Annual report on the health of the army in India
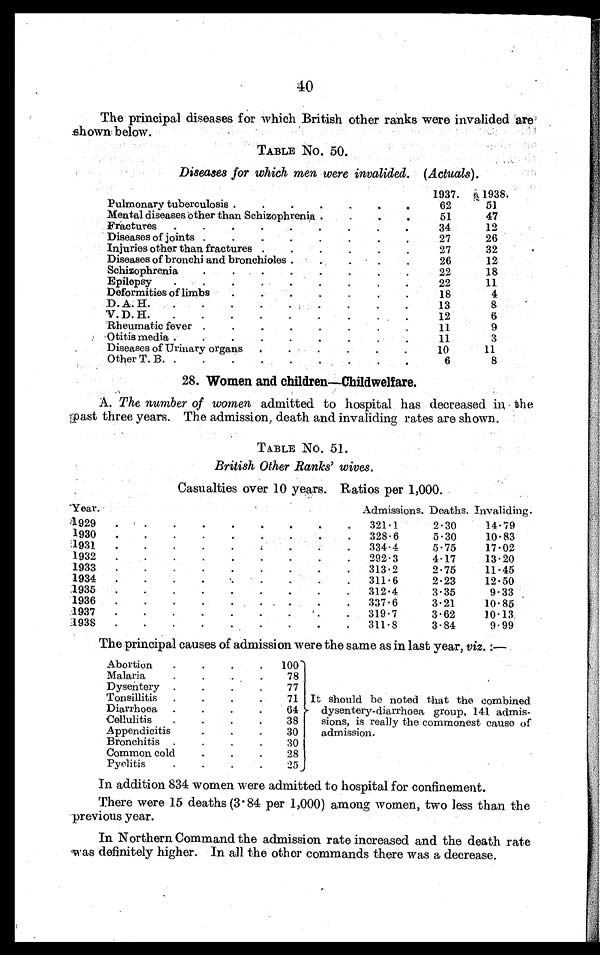
40
The principal diseases for which British other ranks were invalided are
shown below.
TABLE No. 50.
Diseases for which men were invalided. (Actuals)
1937.
1938.
Pulmonary tuberculosis .
.
.
.
.
.
.
62
51
Mental diseases other than Schizophrenia .
.
.
.
51
47
Fractures
.
.
.
.
.
.
.
.
.
34
12
Diseases of joints .
.
.
.
.
.
.
.
27
26
Injuries other than fractures .
.
.
.
.
.
27
32
Diseases of bronchi and bronchioles .
26
12
Schizophrenia
.
.
.
.
.
.
.
22
18
Epilepsy
.
.
22
11
Deformities of limbs
18
4
D. A. H.
.
.
.
13
8
V. D. H.
12
6
Rheumatic fever .
.
.
.
.
.
.
.
11
9
Otitis media .
.
.
.
.
.
.
.
.
11
3
Diseases of Urinary organs
.
10
11
Other T. B. .
.
.
.
.
.
.
.
.
6
8
28. Women and children—Childwelfare.
A. The number of women admitted to hospital has decreased in the
past three years. The admission, death and invaliding rates are shown.
TABLE No. 51.
British Other Ranks' wives.
Casualties over 10 years. Ratios per 1,000.
Year.
Admissions. Deaths. Invaliding.
1929
.
. .
.
.
.
.
.
.
.
321 . 1
2.30
14.79
1930
'
..
.
.
.
328 . 6
5.30
10.83
1931
.
.
.
.
.
.
334 . 4
5.75
17.02
1932
.
.
.
.
.
.
.
.
.
292.3
4.17
13.20
1933
.
.
.
.
.
.
.
.
.
313.2
2.75
11.45
1934
.
.
.
.
..
.
.
.
.
311 . 6
2.23
12.50
1935
.
.
.
.
.
.
.
.
.
312 . 4
3.35
9.33
1936
.
.
.
.
.
. .
.
.
337 . 6
3.21
10.85
1937
.
.
.
.
.
.
.
.
.
319 . 7
3.62
10.13
1938
.
.
.
.
.
.
.
.
.
311 . 8
3.84
9.99
The principal causes of admission were the same as in last year, viz. :—
Abortion
.
.
.
.
100
It should be noted that the combined
dysentery-diarrhoea group, 141 admis-
sions, is really the commonest cause of
admission.
Malaria.
78
Dysentery .
.
.
.
77
Tonsillitis
.
.
.
.
71
Diarrhoea .
.
.
.
64
Cellulitis
.
.
.
.
38
Appendicitis
.
.
.
30
Bronchitis .
.
.
.
30
Common cold
.
.
.
28
Pyelitis
.
.
.
.
25
In addition 834 women were admitted to hospital for confinement.
There were 15 deaths (3.84 per 1,000) among women, two less than the
previous year.
In Northern Command the admission rate increased and the death rate
was definitely higher. In all the other commands there was a decrease.